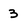
Character: 3